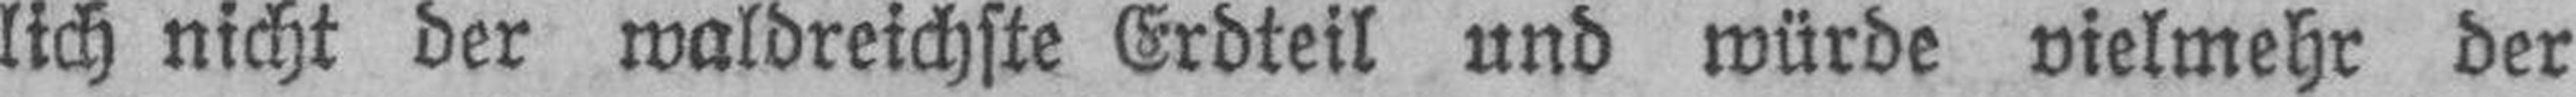
lich nicht der waldreichste Erdteil und würde vielmehr der